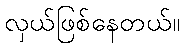
လှယ်ဖြစ်နေတယ်။